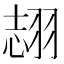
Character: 𦐼